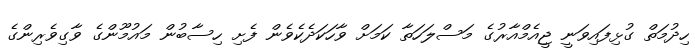
ހިދުމަތް ގުޅިފައިވަނީ ޖީއެމްއާރުގެ މަސްލަހަތާ ކަމަށް ވާހަކަދެކެވެން ފެށި ހިސާބުން މައުމޫންގެ ވާގިވެރިންގެ